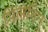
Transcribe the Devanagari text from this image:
मिलेनिन